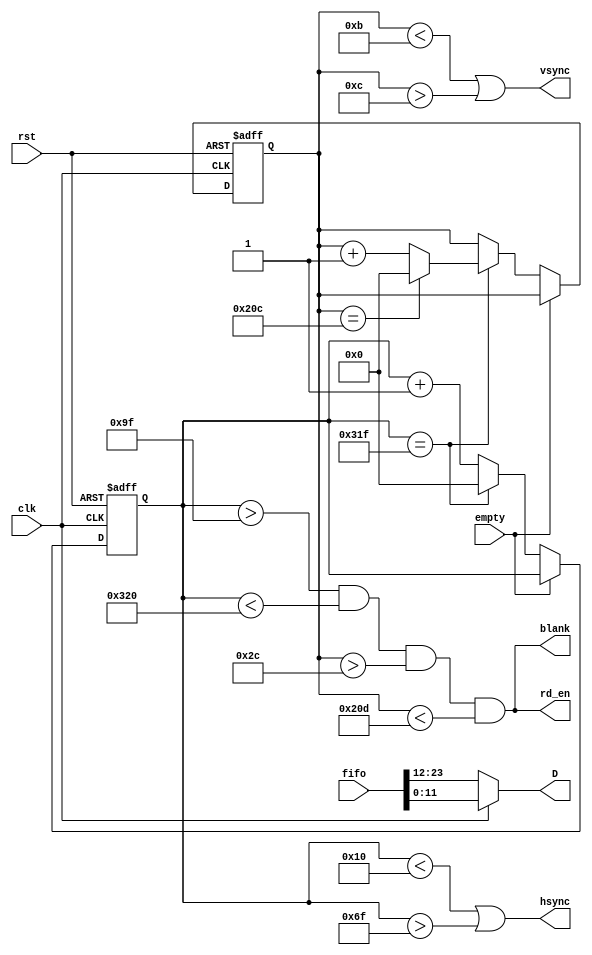
module timing_gen(fifo,clk,rst,empty,vsync,hsync,blank,rd_en,D);
//inputs
input [23:0]fifo;
input clk,empty,rst;

//outputs
//output reg [7:0] pixel_r,pixel_g,pixel_b;
output vsync,hsync,blank;
output [11:0]D;
output rd_en;

//internal signals
reg [9:0] vcount,hcount;
//reg state,nxt_state;

wire [9:0]nxt_vcount,nxt_hcount;



//counter for hsync, vsync
assign nxt_vcount=(hcount ==10'd799)?((vcount==10'd524)?0:vcount+1):vcount; // Yuewen's design here is 524
assign nxt_hcount=(hcount == 10'd799)?0:hcount+1;

always@(posedge clk,posedge rst)
if(rst)begin
    vcount<=10'h0;
    hcount<=10'h0;
end /*else if(empty)begin
    vcount<=10'h0;
    hcount<=10'h0;
end*/ else if(!empty) begin
    vcount<=nxt_vcount;
    hcount<=nxt_hcount;
end else begin
    vcount<=vcount;
    hcount<=hcount;
end
/*
 // from tutorial
		assign hsync = (hcount < 10'd656) || (hcount> 10'd751); // 96 cycle pulse
		assign vsync = (vcount < 10'd490) || (vcount > 10'd491); // 2 cycle pulse
		assign blank = ~((hcount > 10'd639) | (vcount > 10'd479));
*/
 // Yuewen's design
assign hsync=(hcount<10'd16)||(hcount>10'd111);
assign vsync=(vcount<10'd11)||(vcount>10'd12);
assign blank=(hcount>10'd159)&&(hcount<10'd800)&&(vcount>10'd44)&&(vcount<10'd525);

// test
assign D = (clk)? fifo[11:0] : fifo[23:12]; //pixel_gbrg[23:12] : pixel_gbrg[11:0];

assign rd_en = blank;

/*
//output colors
always@(clk)begin
    rd_en=0;
	 //D[11:0]=12'h000;
    if(!rst)begin
      if(hcount>10'd159 && vcount>10'd44//blank)begin
          rd_en=1;
          if(clk==1)begin
            //D[11:0]=fifo[11:0];//pixel_r=fifo[23:16];
            //D[7:0]=fifo[7:0];//pixel_g=fifo[15:8];
            //pixel_b=fifo[7:0];
				//D[11:0] = 12'hfff;
           end else begin
               //D[11:0]=fifo[23:12];
               //D[3:0]=fifo[15:12];
				//D[11:0] = 12'hfff;
           end
			  
       end
   end     
end
*/

endmodule